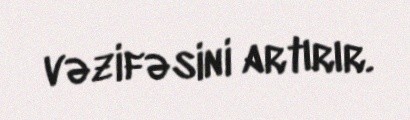
vəzifəsini artırır.